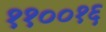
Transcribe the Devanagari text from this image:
११००१६